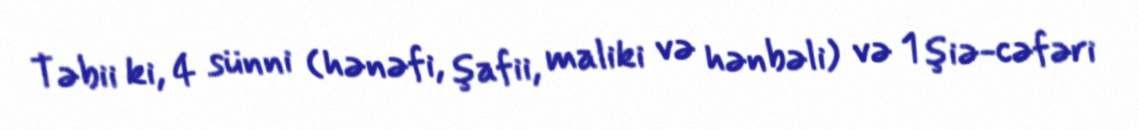
Təbii ki, 4 sünni (hənəfi, şafii, maliki və hənbəli) və 1 şiə-cəfəri